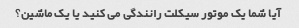
آیا شما یک موتور سیکلت رانندگی می کنید یا یک ماشین؟